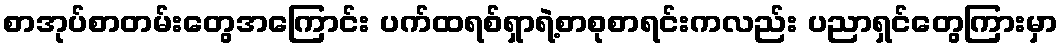
စာအုပ်စာတမ်းတွေအကြောင်း ပက်ထရစ်ရှာရဲ့စာစုစာရင်းကလည်း ပညာရှင်တွေကြားမှာ